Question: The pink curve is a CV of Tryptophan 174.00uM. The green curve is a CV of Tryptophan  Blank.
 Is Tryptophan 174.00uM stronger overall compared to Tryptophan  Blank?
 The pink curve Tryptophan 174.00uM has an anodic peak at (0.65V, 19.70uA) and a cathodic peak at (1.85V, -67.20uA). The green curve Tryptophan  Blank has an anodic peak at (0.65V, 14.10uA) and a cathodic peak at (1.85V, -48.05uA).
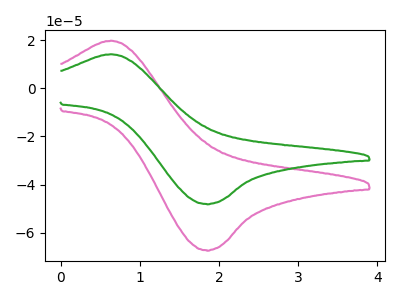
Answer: <think>All the peaks in "Tryptophan 174.00uM" have a peak in "Tryptophan  Blank" at the same potential. Every peak in "Tryptophan 174.00uM" is higher than every peak in "Tryptophan  Blank".
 </think>
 <answer>"Tryptophan 174.00uM" has more signal than "Tryptophan  Blank".</answer>
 <eval>more_signal</eval>